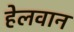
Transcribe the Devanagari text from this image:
हेलवान